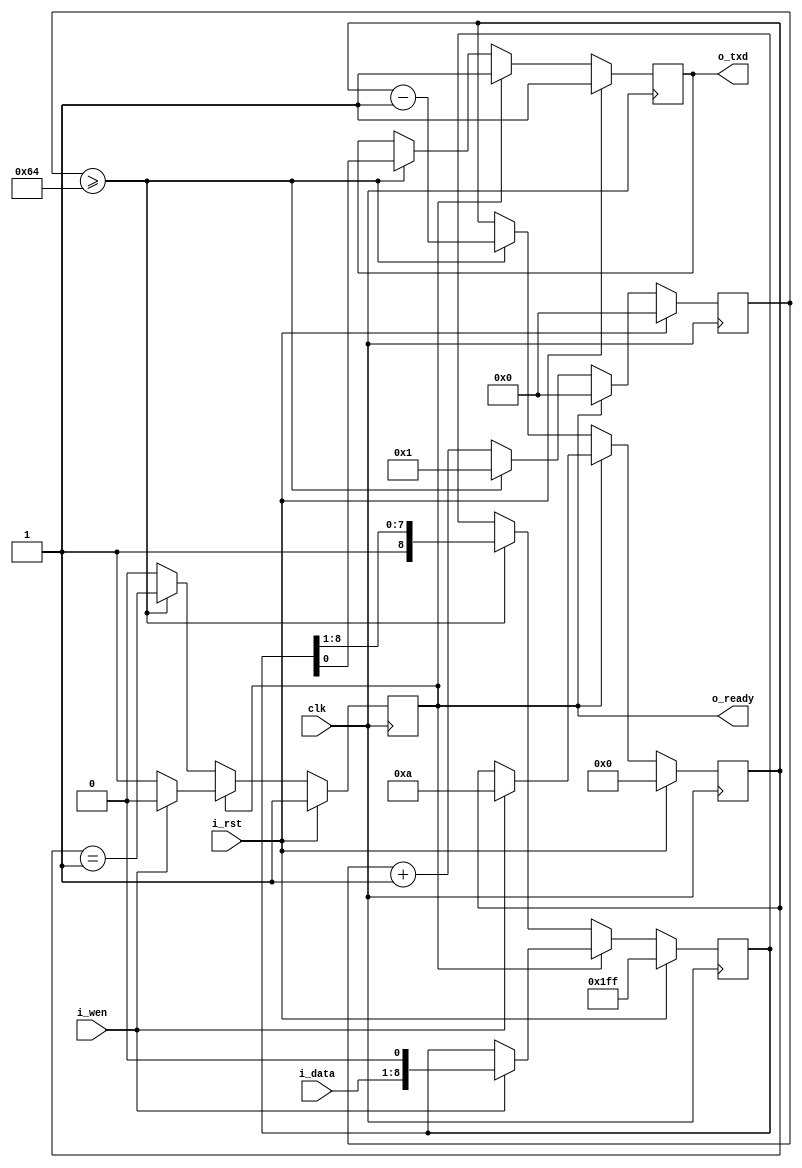
// b = baud rate (in megabaud - MBd)
// f = frequency of clk (in MHz)
// SERIAL_WCNT = f/b
// e.g. b = 1, f = 100 -> SERIAL_WCNT = 100/1 = 100
`define SERIAL_WCNT 100 // 1MBd UART wait count

`define SS_SER_WAIT 'd0 // RS232C deserializer, State WAIT
`define SS_SER_RCV0 'd1 // RS232C deserializer, State Receive 0th bit
                        // States Receive 1st bit to 7th bit are not used
`define SS_SER_DONE 'd9 // RS232C deserializer, State DONE

/********************************************************************************/
module UartTx (
               input  wire       clk,
               input  wire       i_rst,
               input  wire [7:0] i_data,
               input  wire       i_wen,
               output reg        o_txd,
               output reg        o_ready);

    reg [8:0]  cmd;
    reg [11:0] waitnum;
    reg [3:0]  cnt;

    always @(posedge clk) begin
        if (i_rst) begin
            o_txd   <= 1'b1;
            o_ready <= 1'b1;
            cmd     <= 9'h1ff;
            waitnum <= 0;
            cnt     <= 0;
        end else if (o_ready) begin
            o_txd   <= 1'b1;
            waitnum <= 0;
            if (i_wen) begin
                o_ready <= 1'b0;
                cmd     <= {i_data, 1'b0};
                cnt     <= 10;
            end
        end else if (waitnum >= `SERIAL_WCNT) begin
            o_txd   <= cmd[0];
            o_ready <= (cnt == 1);
            cmd     <= {1'b1, cmd[8:1]};
            waitnum <= 1;
            cnt     <= cnt - 1;
        end else begin
            waitnum <= waitnum + 1;
        end
    end
endmodule

/********************************************************************************/
module UartRx (
               input  wire       clk,
               input  wire       i_rst,
               input  wire       i_rxd,
               output reg  [7:0] o_data,
               output reg        o_en);

    reg  [3:0]  stage;
    reg  [12:0] cnt;       // counter to latch D0, D1, ..., D7
    reg  [11:0] cnt_start; // counter to detect the Start Bit

    wire [12:0] waitcnt;

    assign waitcnt = `SERIAL_WCNT;

    always @(posedge clk) begin
        if (i_rst) begin
            cnt_start <= 0;
        end else begin
            cnt_start <= (i_rxd) ? 0 : cnt_start + 1;
        end
    end

    always @(posedge clk) begin
        if(i_rst) begin
            o_en   <= 0;
            stage  <= `SS_SER_WAIT;
            cnt    <= 1;
            o_data <= 0;
        end else if (stage == `SS_SER_WAIT) begin // detect the Start Bit
            o_en  <= 0;
            stage <= (cnt_start == (waitcnt >> 1)) ? `SS_SER_RCV0 : stage;
        end else begin
            if (cnt != waitcnt) begin
                cnt  <= cnt + 1;
                o_en <= 0;
            end else begin // receive 1bit data
                stage  <= (stage == `SS_SER_DONE) ? `SS_SER_WAIT : stage + 1;
                o_en   <= (stage == 8)  ? 1 : 0;
                o_data <= {i_rxd, o_data[7:1]};
                cnt    <= 1;
            end
        end
    end
endmodule